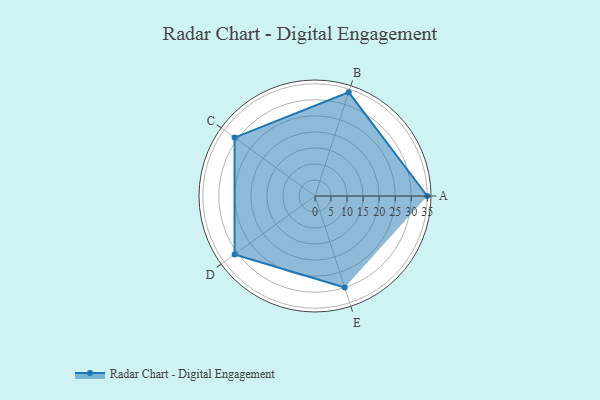
{"axis": {"x": "Skill", "y": "Score"}, "legend": ["Profile"], "data": [{"x": "A", "y": 35.0, "type": "Profile"}, {"x": "B", "y": 34.0, "type": "Profile"}, {"x": "C", "y": 31.0, "type": "Profile"}, {"x": "D", "y": 31.0, "type": "Profile"}, {"x": "E", "y": 30.0, "type": "Profile"}]}